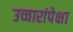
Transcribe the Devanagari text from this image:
उच्चारांपेक्षा